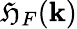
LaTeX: \mathfrak{H}_{F}({\mathbf{k}})